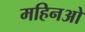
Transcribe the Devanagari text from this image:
महिनओ